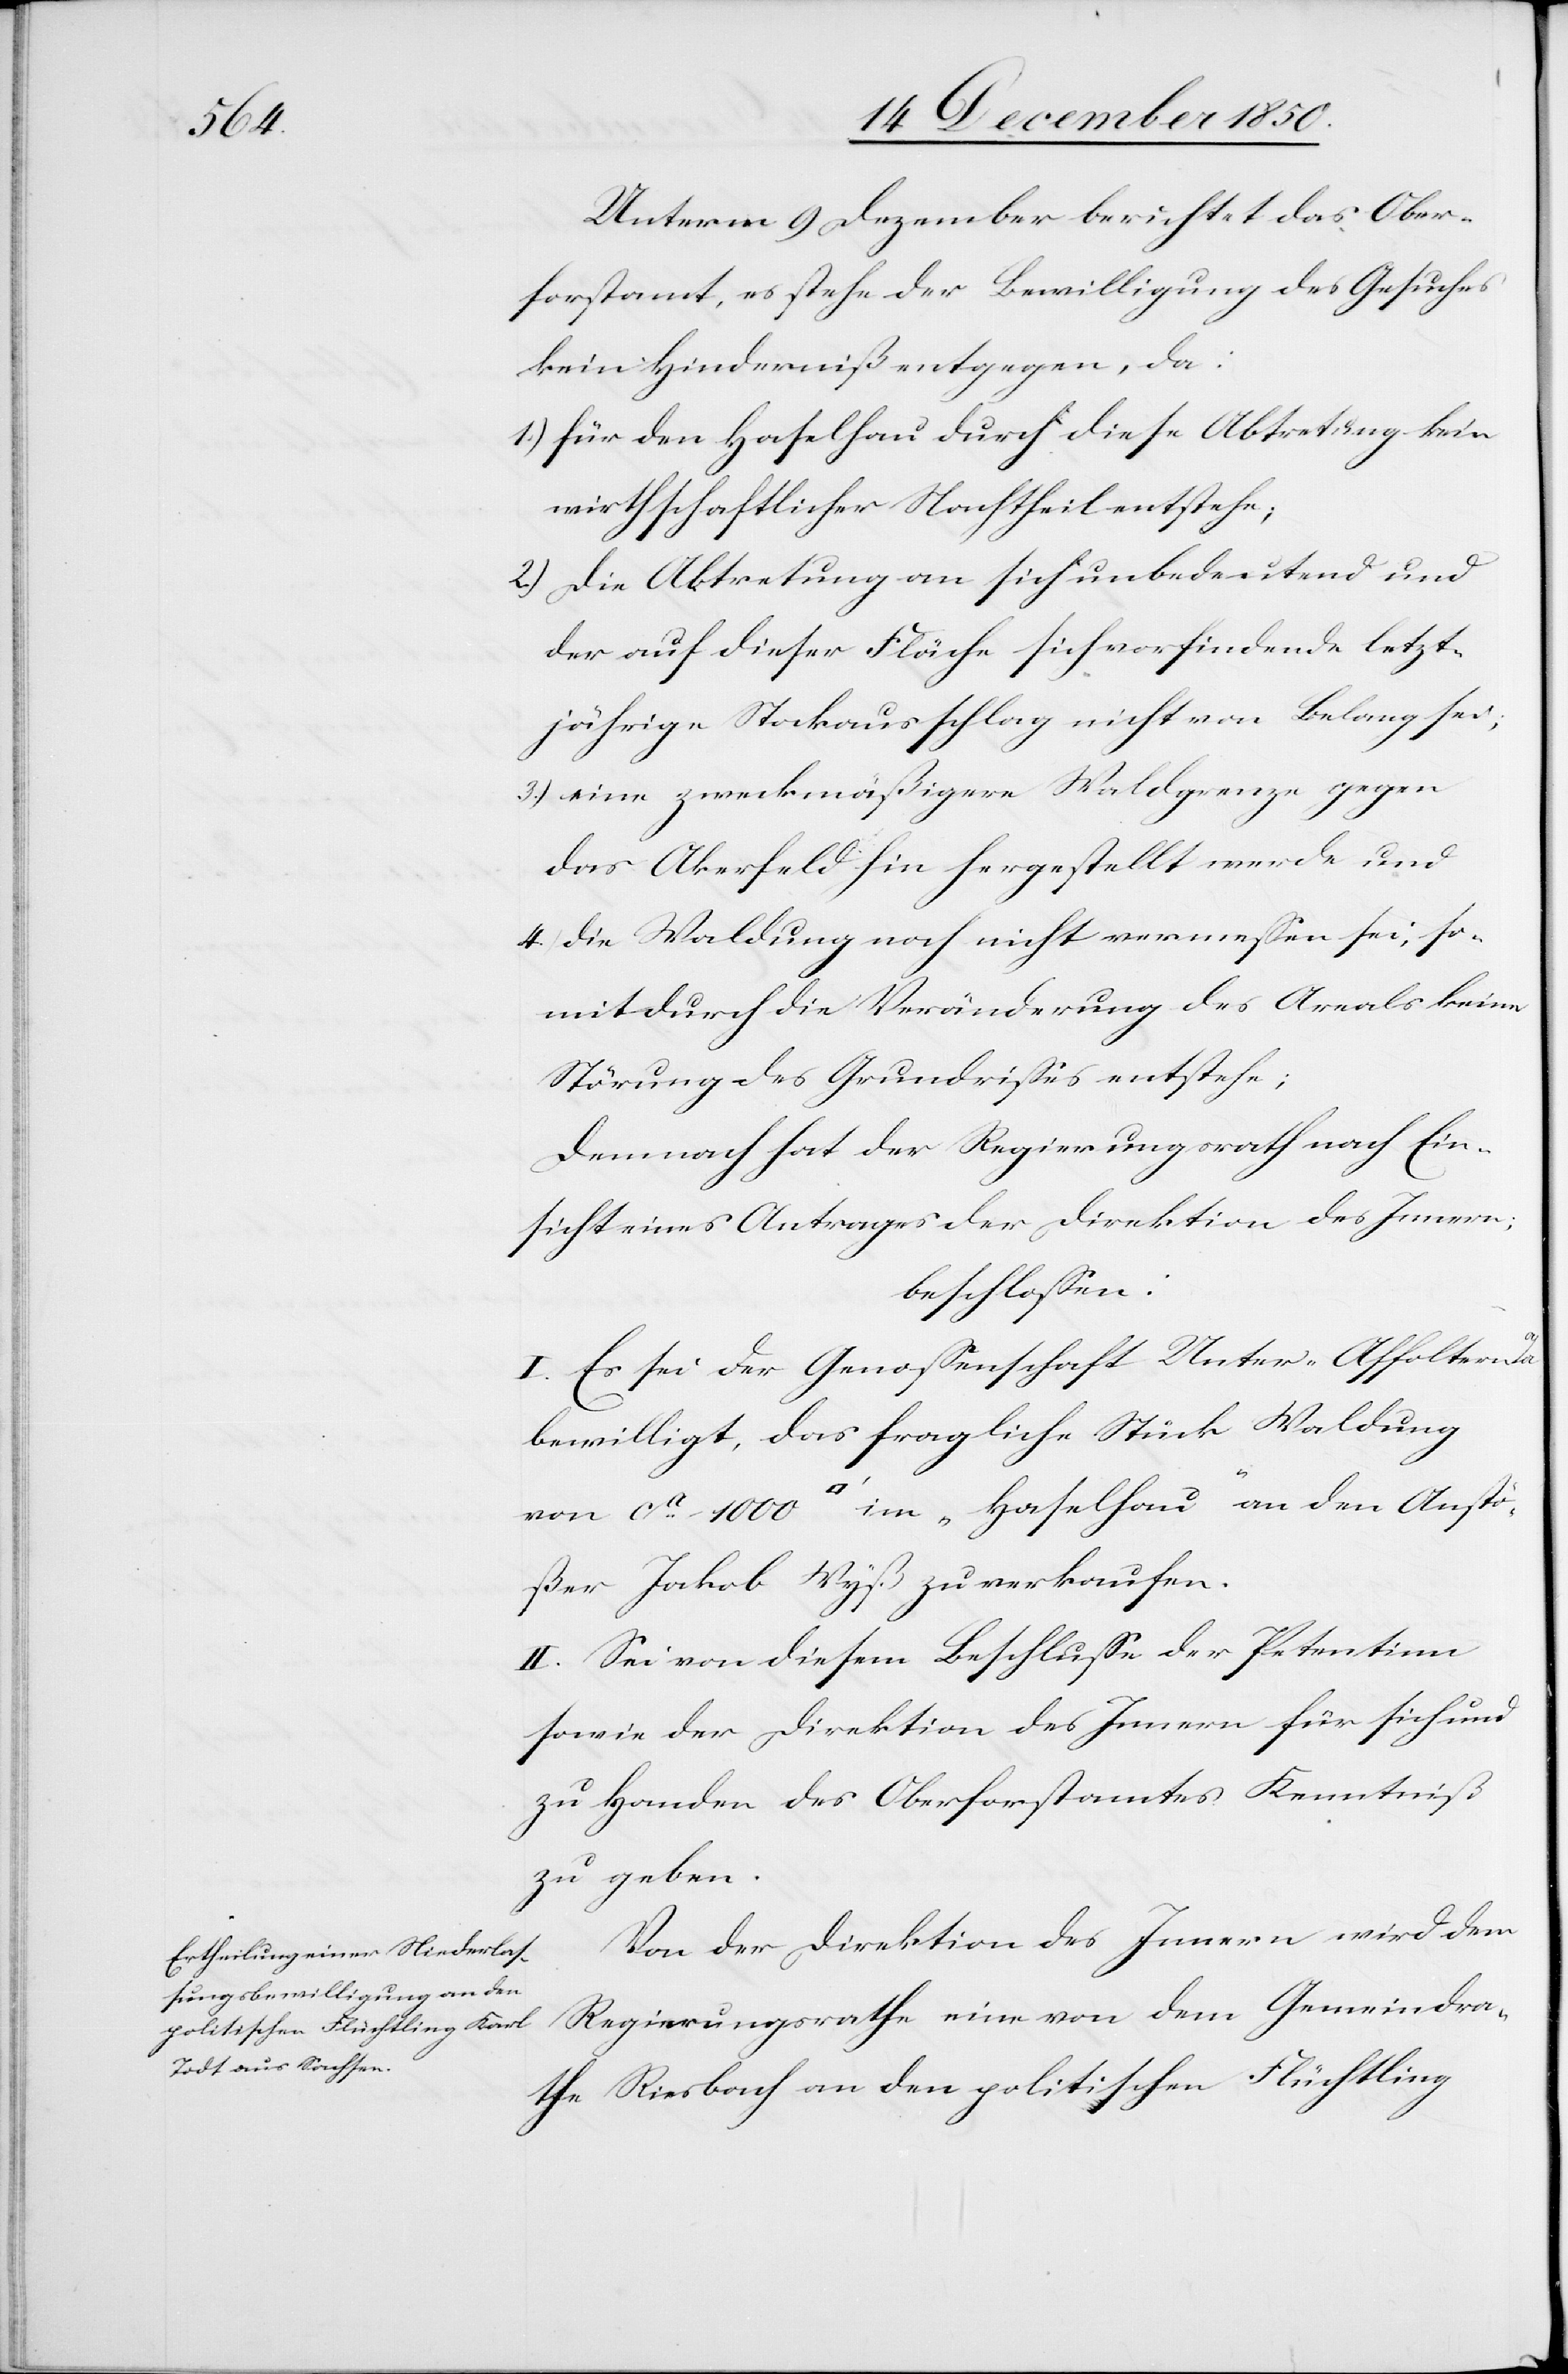
Unterm 9 Dezember berichtet das Ober¬
forstamt, es stehe der Bewilligung des Gesuches
kein Hinderniß entgegen, da:
1.) für den Haselhau durch diese Abtretung kein
wirthschaftlicher Nachtheil entstehe;
2.) die Abtretung an sich unbedeutend und
der auf dieser Fläche sich vorfindende letzt¬
jährige Stockausschlag nicht von Belang sei;
3.) eine zweckmäßigere Waldgrenze gegen
das Akerfeld hin hergestellt werde und
4.) die Waldung noch nicht vermessen sei, so¬
mit durch die Veränderung des Areals keine
Störung des Grundrisses entstehe;
Demnach hat der Regierungsrath nach Ein¬
sicht eines Antrages der Direktion des Innern;
beschlossen:
I. Es sei der Genossenschaft Unter-Affoltern
bewilligt, das fragliche Stück Waldung
von ca 1000 [Quadratfuss] im „Haselhau“ an den Anstö¬
ßer Jakob Wyß zu verkaufen.
II. Sei von diesem Beschlusse der Petentinn
sowie der Direktion des Innern für sich und
zu Handen des Oberforstamtes Kenntniß
zu geben.
Von der Direktion des Innern wird dem
Regierungsrathe eine von dem Gemeindra¬
the Riesbach an den politischen Flüchtling